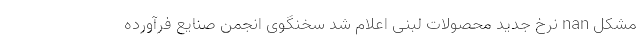
مشکل nan نرخ جدید محصولات لبنی اعلام شد سخنگوی انجمن صنایع فرآورده